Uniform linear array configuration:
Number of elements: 32
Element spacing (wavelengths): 0.5
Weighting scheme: exponential
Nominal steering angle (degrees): -45
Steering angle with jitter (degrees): -45.193
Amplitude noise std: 0.05
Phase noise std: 0.05

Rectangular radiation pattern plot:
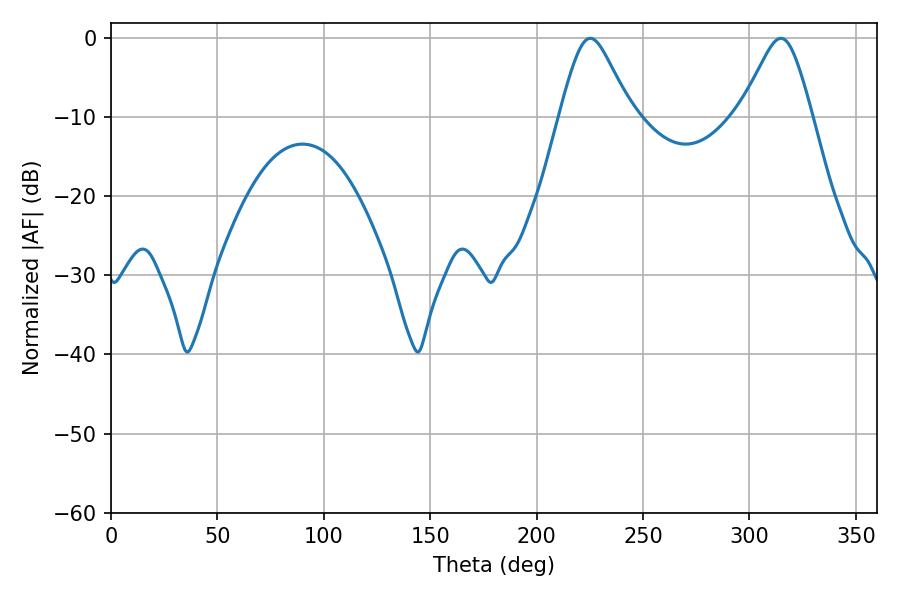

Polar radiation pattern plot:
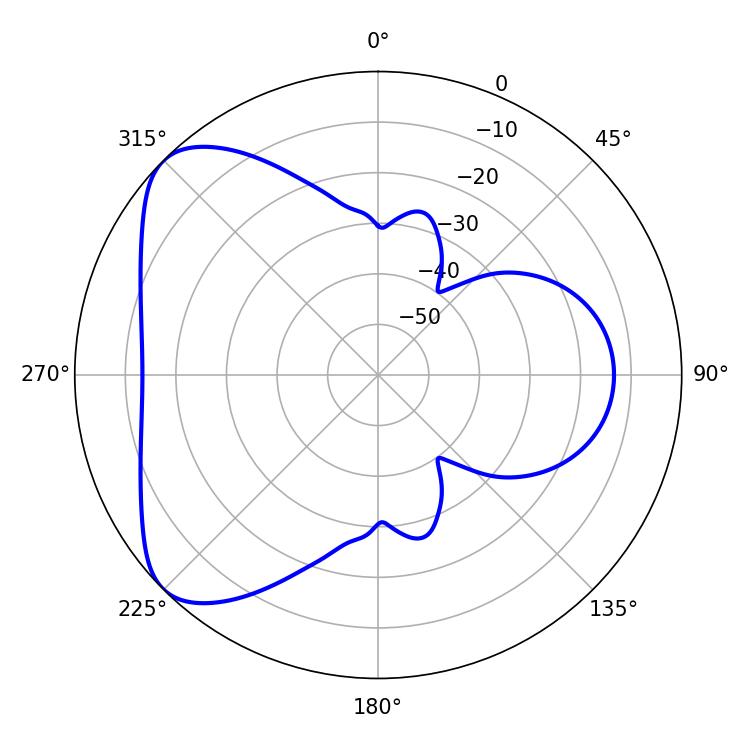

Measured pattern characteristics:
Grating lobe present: FALSE
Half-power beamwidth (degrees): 16.2
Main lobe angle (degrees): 225.18